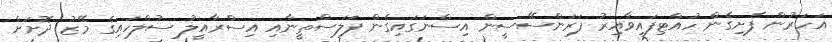
އަހަރުން ފެށިގެން ހުއްޓިފައިވާއިރު ފަރަންސޭސީން އިސްނަގައިގެން ފަލަސްތީނާއި އިސްރާއީލު ސުލްހައިގެ މޭޒު ދޮށަށް